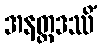
အနတ္ထဒဿိံ